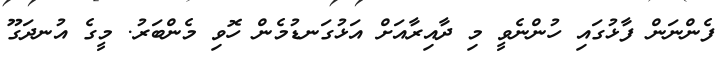
ފެންނަން ފާޅުގައި ހުންނެވީ މި ދާއިރާއަށް އަޅުގަނޑުމެން ހޮވި މެންބަރު. މީގެ އުނދަގޫ